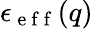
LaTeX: \epsilon_{\mathrm{~e~f~f~}}(q)